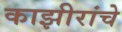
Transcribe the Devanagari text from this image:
काझीरांचे